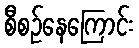
စီစဉ်နေကြောင်း